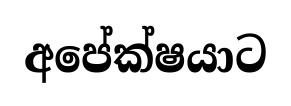
අපේක්ෂයාට